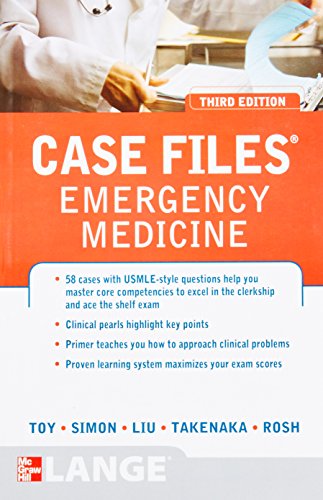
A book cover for Case Files Emergency Medicine, Third Edition (LANGE Case Files); Eugene Toy; Medical Books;